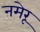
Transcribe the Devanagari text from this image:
नमेरू